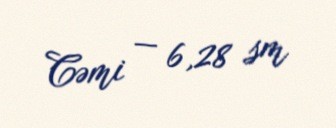
Cəmi — 6,28 sm